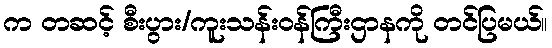
က တဆင့် စီးပွား/ကူးသန်းဝန်ကြီးဌာနကို တင်ပြမယ်။